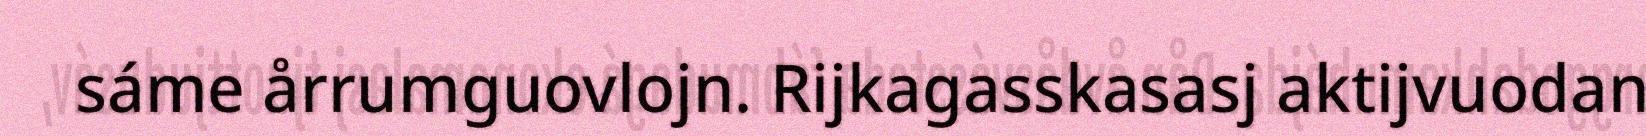
sáme årrumguovlojn. Rijkagasskasasj aktijvuodan